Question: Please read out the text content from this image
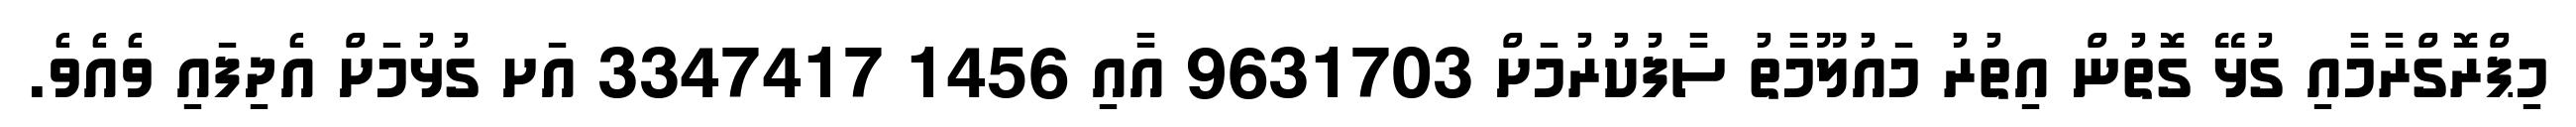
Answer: މިޕްރޮގްރާމާއި ގުޅޭ ގޮތުން އިތުރު މައުލޫމާތު ސާފުކުރުމަށް 9631703 އާއި 1456 3347417 އަށ ގުޅުމަށް އެދިފައި ވެއެވެ.